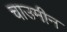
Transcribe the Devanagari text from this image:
चाउमीन